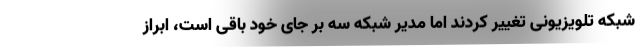
شبکه تلویزیونی تغییر کردند اما مدیر شبکه سه بر جای خود باقی است، ابراز